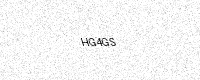
Text: HG4GS